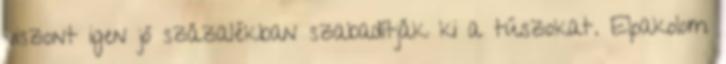
viszont igen jó százalékban szabadítják ki a túszokat. Elpakolom